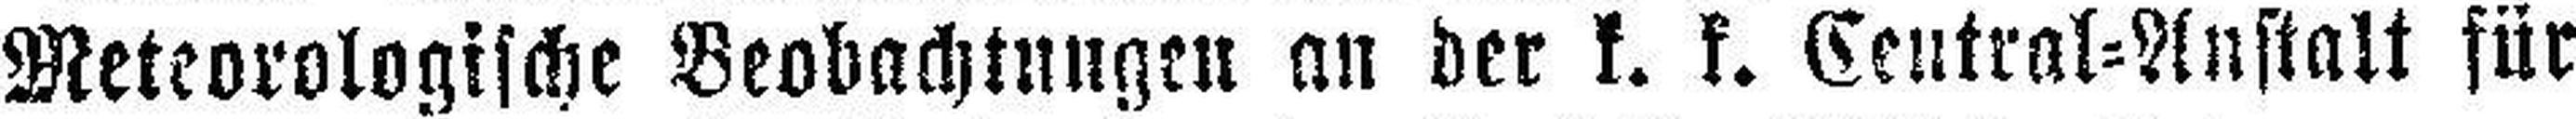
Meteorologische Beobachtungen an der k. k. Central=Anstatt für